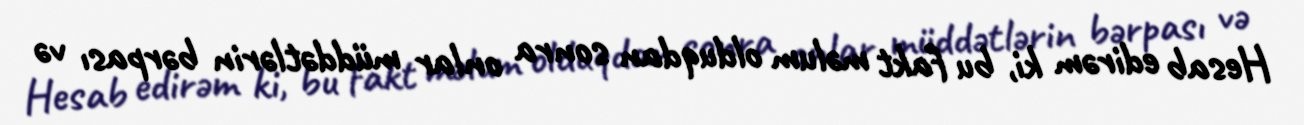
Hesab edirəm ki, bu fakt məlum olduqdan sonra onlar müddətlərin bərpası və